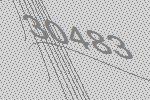
30483